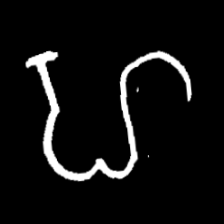
Pyu character \u2014 Myanmar letter: ဟ (romanized: ha)